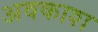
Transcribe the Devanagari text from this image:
अवकाश्‍ा